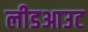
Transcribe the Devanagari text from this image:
लीडआउट